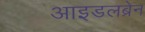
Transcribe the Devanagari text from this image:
आइडलब्रेन